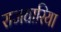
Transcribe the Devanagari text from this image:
राजघारिया